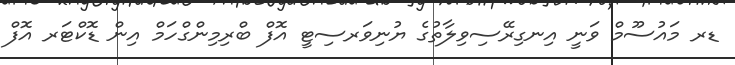
ޑރ މައުސޫމް ވަނީ އިނގިރޭސިވިލާތުގެ ޔުނިވަރސިޓީ އޮފް ބްރިމިންގްހަމް އިން ޑޮކްޓަރ އޮފް